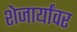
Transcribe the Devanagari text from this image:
शेजार्यांवर